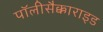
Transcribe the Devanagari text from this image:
पॉलीसैक्काराइड